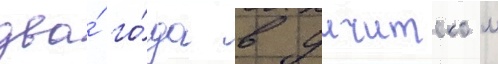
два́ го́да в уичитском